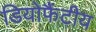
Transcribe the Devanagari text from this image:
डियोफैंटीय